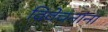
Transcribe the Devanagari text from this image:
विवेचनांना